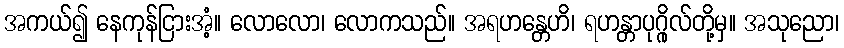
အကယ်၍ နေကုန်ငြားအံ့။ လောလော၊ လောကသည်။ အရဟန္တေဟိ၊ ရဟန္တာပုဂ္ဂိုလ်တို့မှ။ အသုညော၊